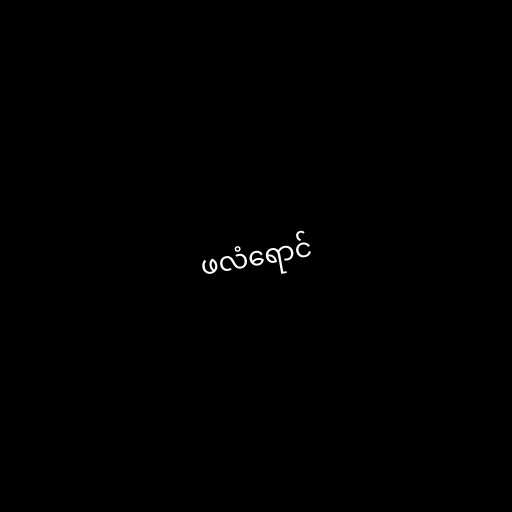
ဖလံရောင်